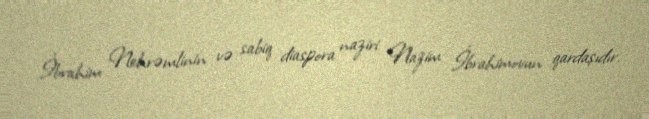
İbrahim Nehrəmlinin və sabiq diaspora naziri Nazim İbrahimovun qardaşıdır.